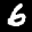
Label: 6